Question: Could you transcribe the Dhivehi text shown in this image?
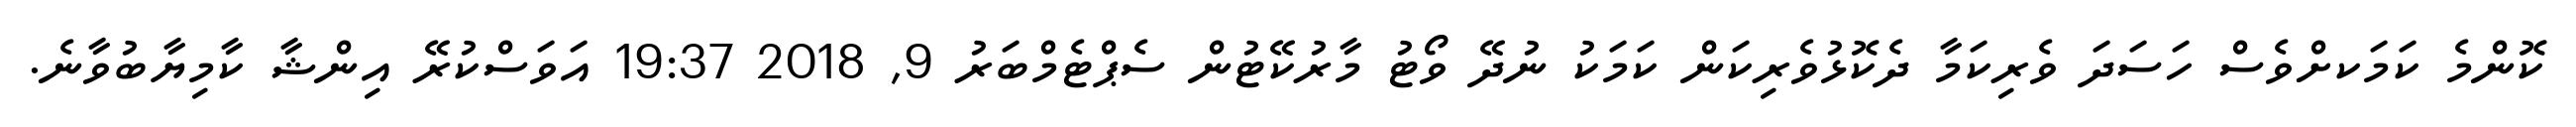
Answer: ކޮންމެ ކަމަކށްވެސް ހަސަދަ ވެރިކަމާ ދެކޮޅުވެރިކަން ކަމަކު ނުދޭ ވޯޓު މާރުކޭޓުން ސެޕްޓެމްބަރު 9, 2018 19:37 އަވަސްކުރޭ އިންޝާ ކާމިޔާބުވާނެ.